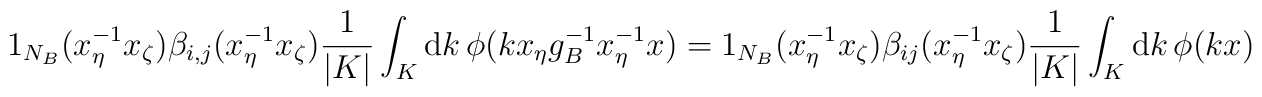
1_{N_B}(x_{\eta}^{-1} x_{\zeta})\beta_{i,j}(x_{\eta}^{-1} x_{\zeta})\frac{1}{|K|}\int_{K}{\rm d}k\,\phi(k x_{\eta}g_{B}^{-1} x^{-1}_{\eta}x)=1_{N_{B}}(x_{\eta}^{-1}x_{\zeta})\beta_{ij}(x_{\eta}^{-1}x_{\zeta})\frac{1}{|K|}\int_{K}{\rm d}k\, \phi(kx)